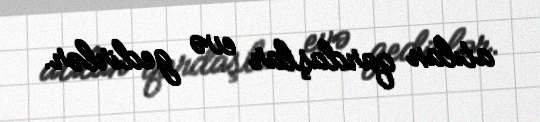
atılan qardaşlar evə gedirlər.